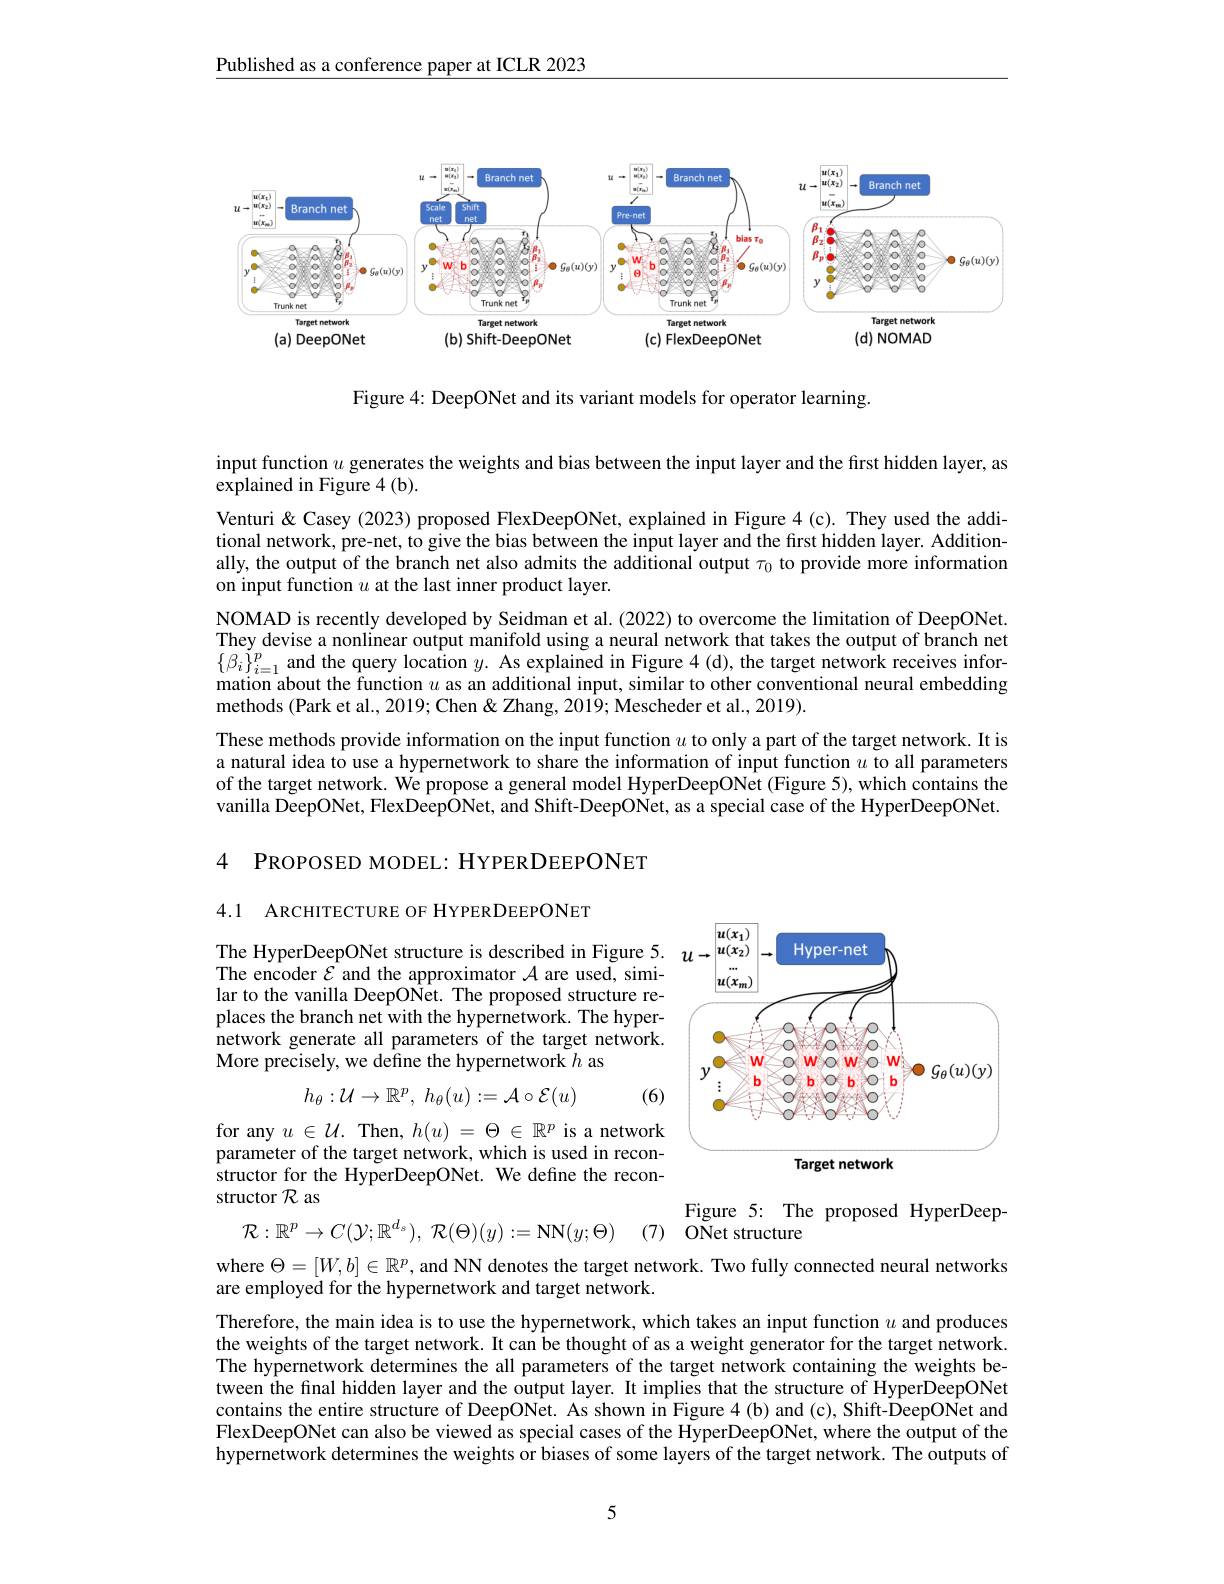
Published as a conference paper at ICLR 2023

<FigureHere>

Figure 4: DeepONet and its variant models for operator learning.

input function $u$ generates the weights and bias between the input layer and the first hidden layer, as
explained in Figure 4 (b).
Venturi & Casey (2023) proposed FlexDeepONet, explained in Figure 4 (c). They used the additional network, pre-net, to give the bias between the input layer and the first hidden layer. Additionally, the output of the branch net also admits the additional output $\tau_{0}$ to provide more information on input function $u$ at the last inner product layer.
NOMAD is recently developed by Seidman et al.(2022) to overcome the limitation of DeepONet. They devise a nonlinear output manifold using a neural network that takes the output of branch net $\{\beta_{i}\}_{i=1}^{p}$ and the query location $y.$ As explained in Figure 4(d), the target network receives information about the function $u$ as an additional input, similar to other conventional neural embedding methods (Park et al., 2019; Chen& Zhang, 2019; Mescheder et al., 2019).
These methods provide information on the input function $u$ to only a part of the target network. It is a natural idea to use a hypernetwork to share the information of input function $u$ to all parameters of the target network. We propose a general model HyperDeepONet (Figure 5), which contains the vanilla DeepONet, FlexDeepONet, and Shift-DeepONet, as a special case of the HyperDeepONet.

4 PROPOSED MODEL: HYPERDEEPONET

4.1 ARCHITECTURE OF HYPERDEEPONET

The HyperDeepONet structure is described in Figure 5. The encoder $\mathcal{E}$ and the approximator $\mathcal{A}$ are used, similar to the vanilla DeepONet. The proposed structure replaces the branch net with the hypernetwork. The hypernetwork generate all parameters of the target network. More precisely, we define the hypernetwork $h$ as

<FigureHere>
$$h_{\theta}:\mathcal{U}\to\mathbb{R}^{p},\:h_{\theta}(u):=\mathcal{A}\circ\mathcal{E}(u)$$
(6)

for any $u\in\mathcal{U}.$ Then, $h(u)=\Theta\in\mathbb{R}^p$ is a network parameter of the target network, which is used in reconstructor for the HyperDeepONet. We define the reconstructor $\mathcal{R}$ as

Figure 5: The proposed HyperDeep-

$\mathcal{R} : \mathbb{R} ^p\to C( \mathcal{Y} ; \mathbb{R} ^{d_s}) $, $\mathcal{R} ( \Theta ) ( y) : = \mathbf{NN}( y; \Theta )$

(7) ONet structure

where $\Theta=[W,b]\in\mathbb{R}^p$, and NN denotes the target network. Two fully connected neural networks
are employed for the hypernetwork and target network.

Therefore, the main idea is to use the hypernetwork, which takes an input function $u$ and produces the weights of the target network. It can be thought of as a weight generator for the target network. The hypernetwork determines the all parameters of the target network containing the weights between the final hidden layer and the output layer. It implies that the structure of HyperDeepONet contains the entire structure of DeepONet. As shown in Figure 4(b) and (c), Shift-DeepONet and FlexDeepONet can also be viewed as special cases of the HyperDeepONet, where the output of the hypernetwork determines the weights or biases of some layers of the target network. The outputs of

5